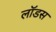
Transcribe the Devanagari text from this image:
लॉडस